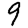
Digit: 9